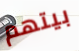
بيتهم